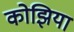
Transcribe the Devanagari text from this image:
कोझिया